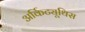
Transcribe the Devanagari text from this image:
अर्किट्यूथिस